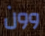
وون